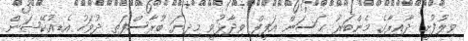
ވިލުފުށީ ދާއިރާގެ މެންބަރު ޙަސަން އަފީފް ވިދާޅުވީ މިދިޔަ ބުރާސްފަތި ދުވަހު އެޑިއުކޭޝަން